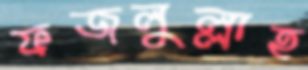
ফজলুল্লাহ